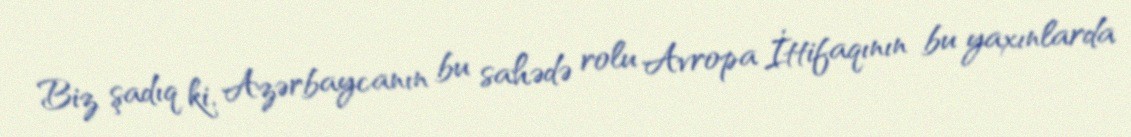
Biz şadıq ki, Azərbaycanın bu sahədə rolu Avropa İttifaqının bu yaxınlarda